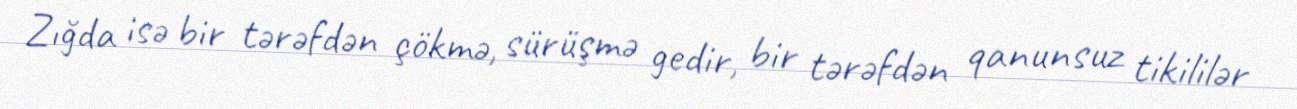
Zığda isə bir tərəfdən çökmə, sürüşmə gedir, bir tərəfdən qanunsuz tikililər